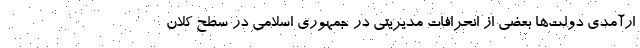
ارآمدی دولت‌ها بعضی از انحرافات مدیریتی در جمهوری اسلامی در سطح کلان